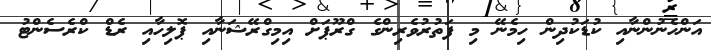
އަންހެނުންނާއި ކުޑަކުދިން ހިމެނޭ މި ފަތުރުވެރިންގެ ގްރޫޕަށް އިމިގްރޭޝަނާއި ޕޮލިހާއި ރެޑް ކްރެސެންޓު